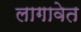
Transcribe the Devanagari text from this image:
लागावेत